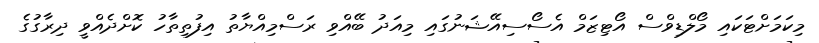
މިކަމަށްޓަކައި މޯލްޑިވްސް އޯޓިޒަމް އެސޯސިއޭޝަނުގައި މިއަދު ބޭއްވި ރަސްމިއްޔާތު އިފުތިތާހު ކޮށްދެއްވީ ދިރާގުގެ